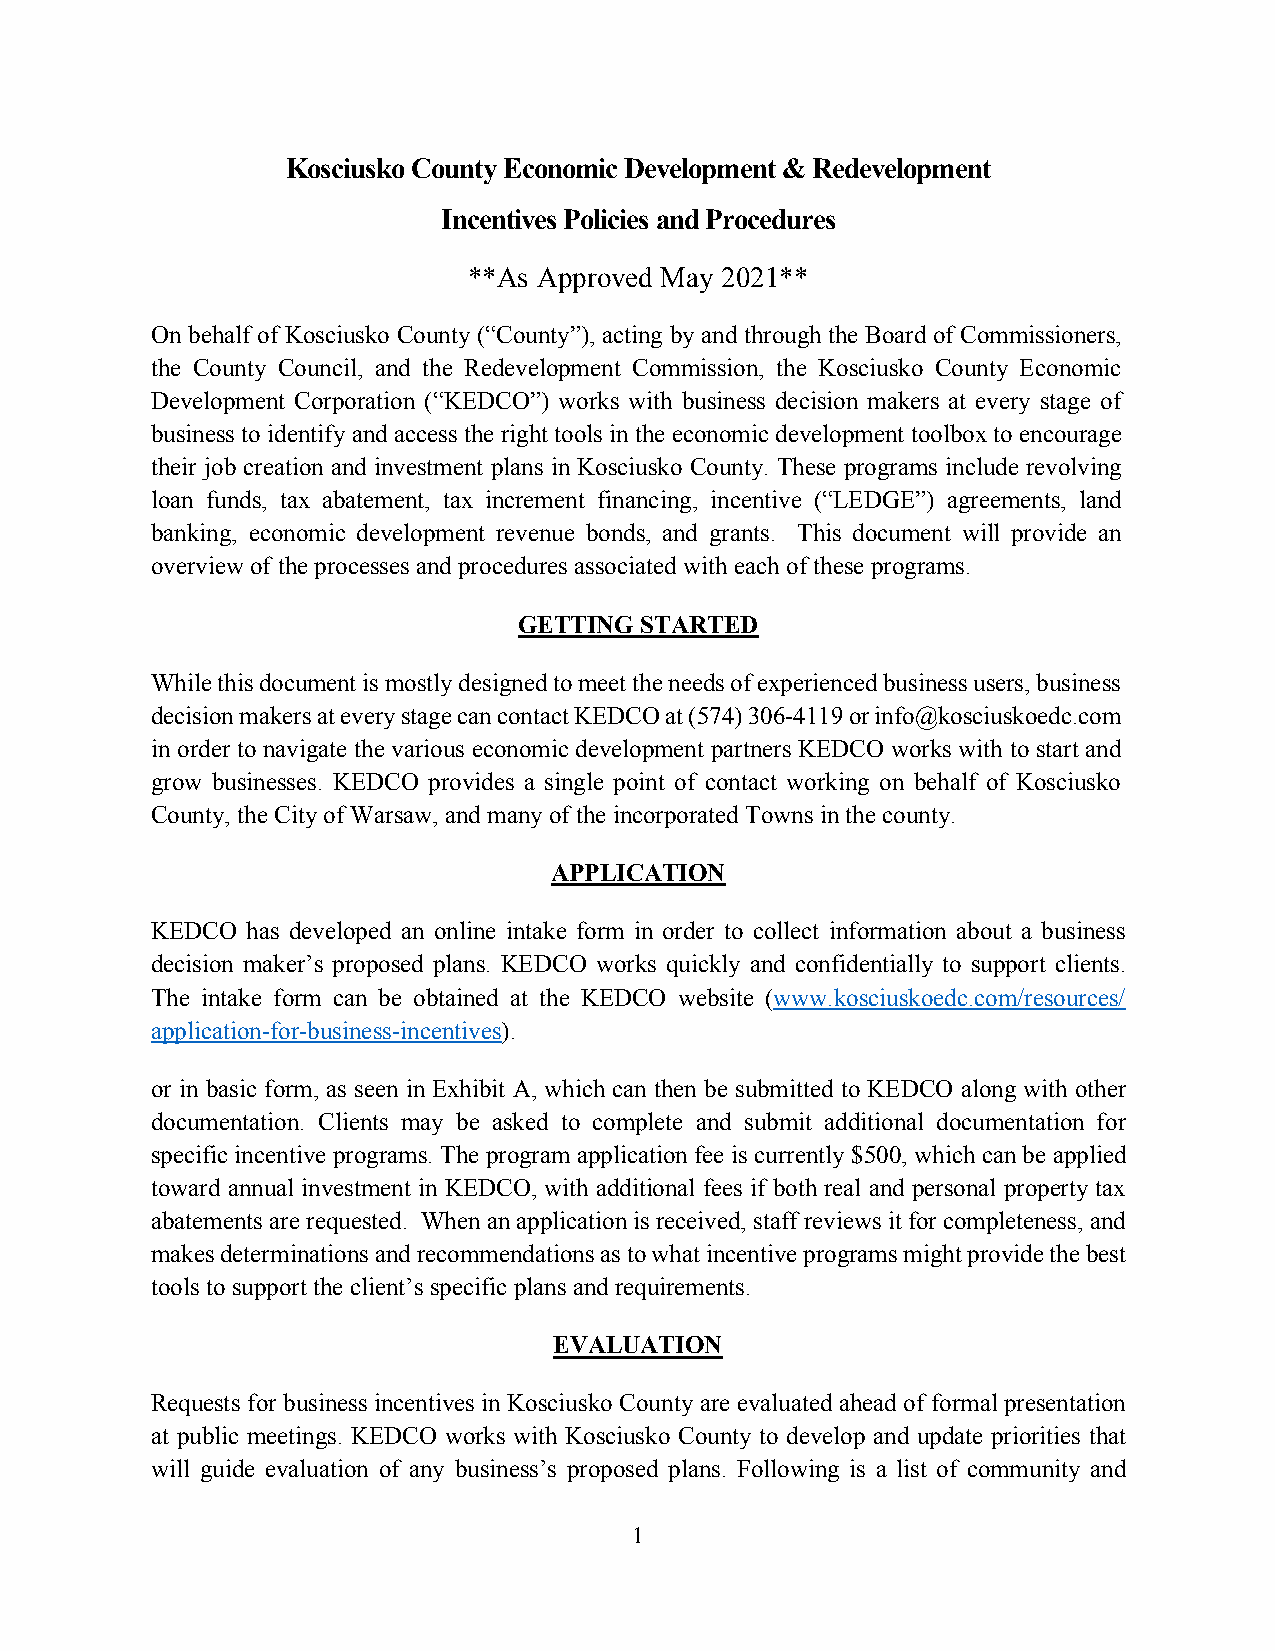
Kosciusko County Economic Development & Redevelopment
 Incentives Policies and Procedures
 **As Approved May 2021**
 On behalf of Kosciusko County (“County”), acting by and through the Board of Commissioners,
 the County Council, and the Redevelopment Commission, the Kosciusko County Economic
 Development Corporation (“KEDCO”) works with business decision makers at every stage of
 business to identify and access the right tools in the economic development toolbox to encourage
 their job creation and investment plans in Kosciusko County. These programs include revolving
 loan funds, tax abatement, tax increment financing, incentive (“LEDGE”) agreements, land
 banking, economic development revenue bonds, and grants. This document will provide an
 overview of the processes and procedures associated with each of these programs.
 GETTING STARTED
 While this document is mostly designed to meet the needs of experienced business users, business
 decision makers at every stage can contact KEDCO at (574) 306-4119 or info@kosciuskoedc.com
 in order to navigate the various economic development partners KEDCO works with to start and
 grow businesses. KEDCO provides a single point of contact working on behalf of Kosciusko
 County, the City of Warsaw, and many of the incorporated Towns in the county.
 APPLICATION
 KEDCO has developed an online intake form in order to collect information about a business
 decision maker’s proposed plans. KEDCO works quickly and confidentially to support clients.
 The intake form can be obtained at the KEDCO website (www.kosciuskoedc.com/resources/
 application-for-business-incentives).
 or in basic form, as seen in Exhibit A, which can then be submitted to KEDCO along with other
 documentation. Clients may be asked to complete and submit additional documentation for
 specific incentive programs. The program application fee is currently $500, which can be applied
 toward annual investment in KEDCO, with additional fees if both real and personal property tax
 abatements are requested. When an application is received, staff reviews it for completeness, and
 makes determinations and recommendations as to what incentive programs might provide the best
 tools to support the client’s specific plans and requirements.
 EVALUATION
 Requests for business incentives in Kosciusko County are evaluated ahead of formal presentation
 at public meetings. KEDCO works with Kosciusko County to develop and update priorities that
 will guide evaluation of any business’s proposed plans. Following is a list of community and
 1